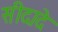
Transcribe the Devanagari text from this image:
सीदादे